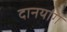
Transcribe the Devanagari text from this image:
दानयांग